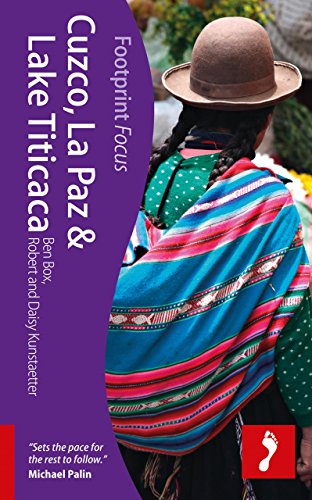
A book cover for Cuzco, La Paz & Lake Titicaca (Footprint Focus); Ben Box; Travel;